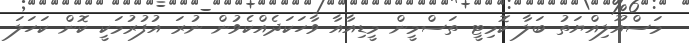
މަސްއޫލިއްޔަތު ބަލާ ކޮމިޓީ ތަސްމީން މީޑިއާއާ ވާހަކަދެއްކެވުން ނުރަ އުފުރުމަކީ ކޮން ކަހަލަ